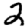
Digit: 2